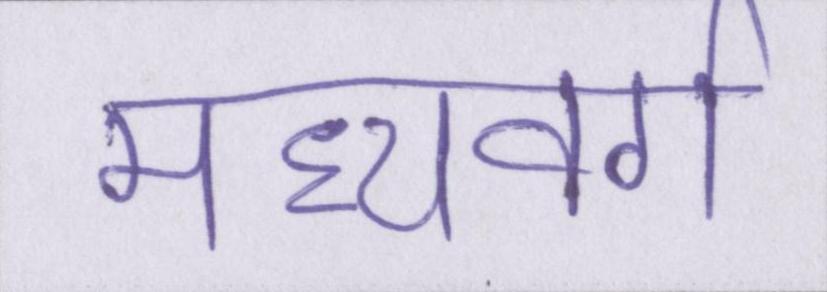
मध्यवर्ग